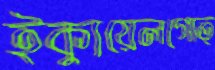
ইক্যুয়েলগোত্